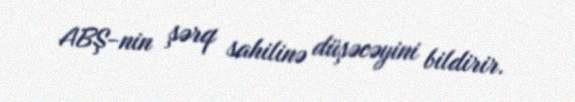
ABŞ-nin şərq sahilinə düşəcəyini bildirir.